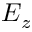
E _ { z }